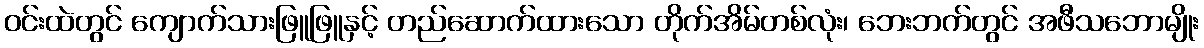
ဝင်းထဲတွင် ကျောက်သားဖြူဖြူနှင့် တည်ဆောက်ထားသော တိုက်အိမ်တစ်လုံး၊ ဘေးဘက်တွင် အဖီသဘောမျိုး